Annual report on the mental hospital in the Central Provinces and Berar (Nagpur) - 1927-1951
Year: 1927
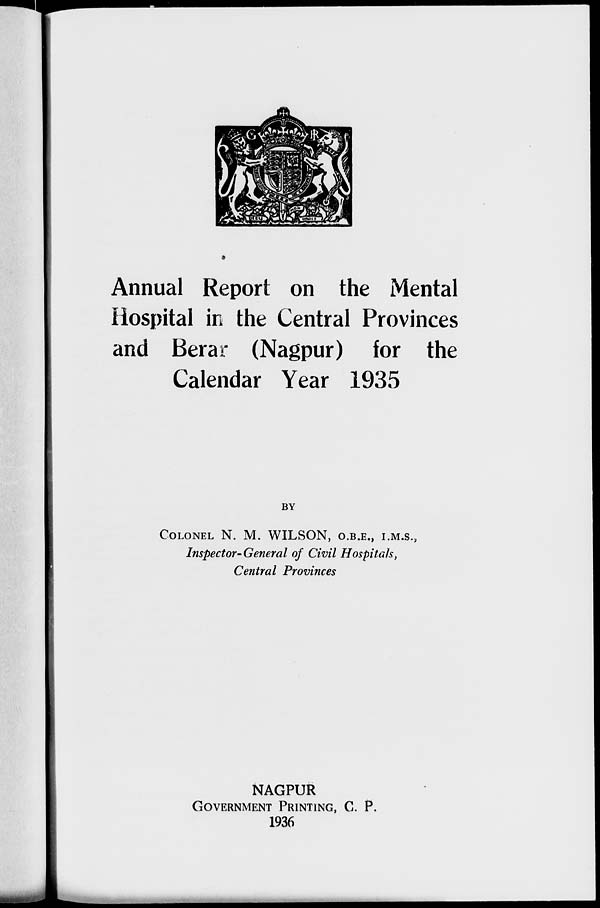
Annual Report on the Mental
Hospital in the Central Provinces
and Berar (Nagpur) for the
Calendar Year 1935
BY
COLONEL N. M. WILSON, O.B.E., I.M.S.,
Inspector-General of Civil Hospitals,
Central Provinces
NAGPUR
GOVERNMENT PRINTING, C. P.
1936